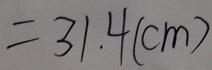
= 3 1 . 4 ( c m )